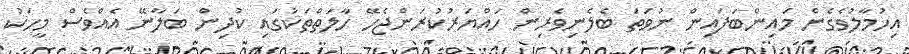
އިހުމާލުވެގެން މައިންބަފައިން ނުވަތަ ބެލެނިވެރިން ހައްޔަރުކުރަންޖެހޭ ހާލަތްތަކުގައި ކުދިން ބަލާނޭ އެއްވެސް މީހަކު